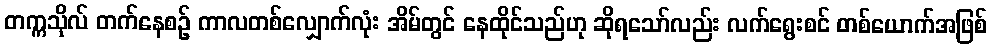
တက္ကသိုလ် တက်နေစဉ် ကာလတစ်လျှောက်လုံး အိမ်တွင် နေထိုင်သည်ဟု ဆိုရသော်လည်း လက်ရွေးစင် တစ်ယောက်အဖြစ်